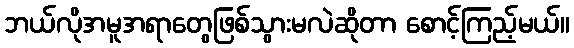
ဘယ်လိုအမူအရာတွေဖြစ်သွားမလဲဆိုတာ စောင့်ကြည့်မယ်။